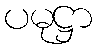
ပမုဋ္ဌာ